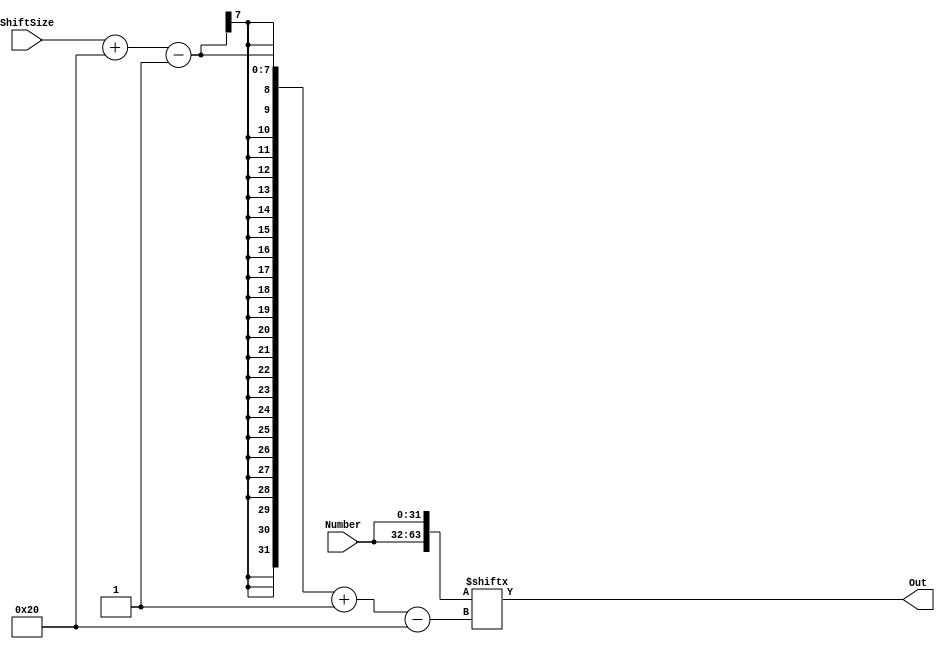
module BarrelShifter #(
	parameter WIDTH = 32
) (
	input wire [4:0] 				ShiftSize,
	input wire [WIDTH-1:0]		Number,
	output wire [WIDTH-1:0] 	Out
);

	wire [2*WIDTH-1:0] NumberDouble;
	assign NumberDouble = {Number, Number};
	assign Out = NumberDouble[ShiftSize+WIDTH-1-:WIDTH];


endmodule